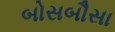
બોસબૌસા